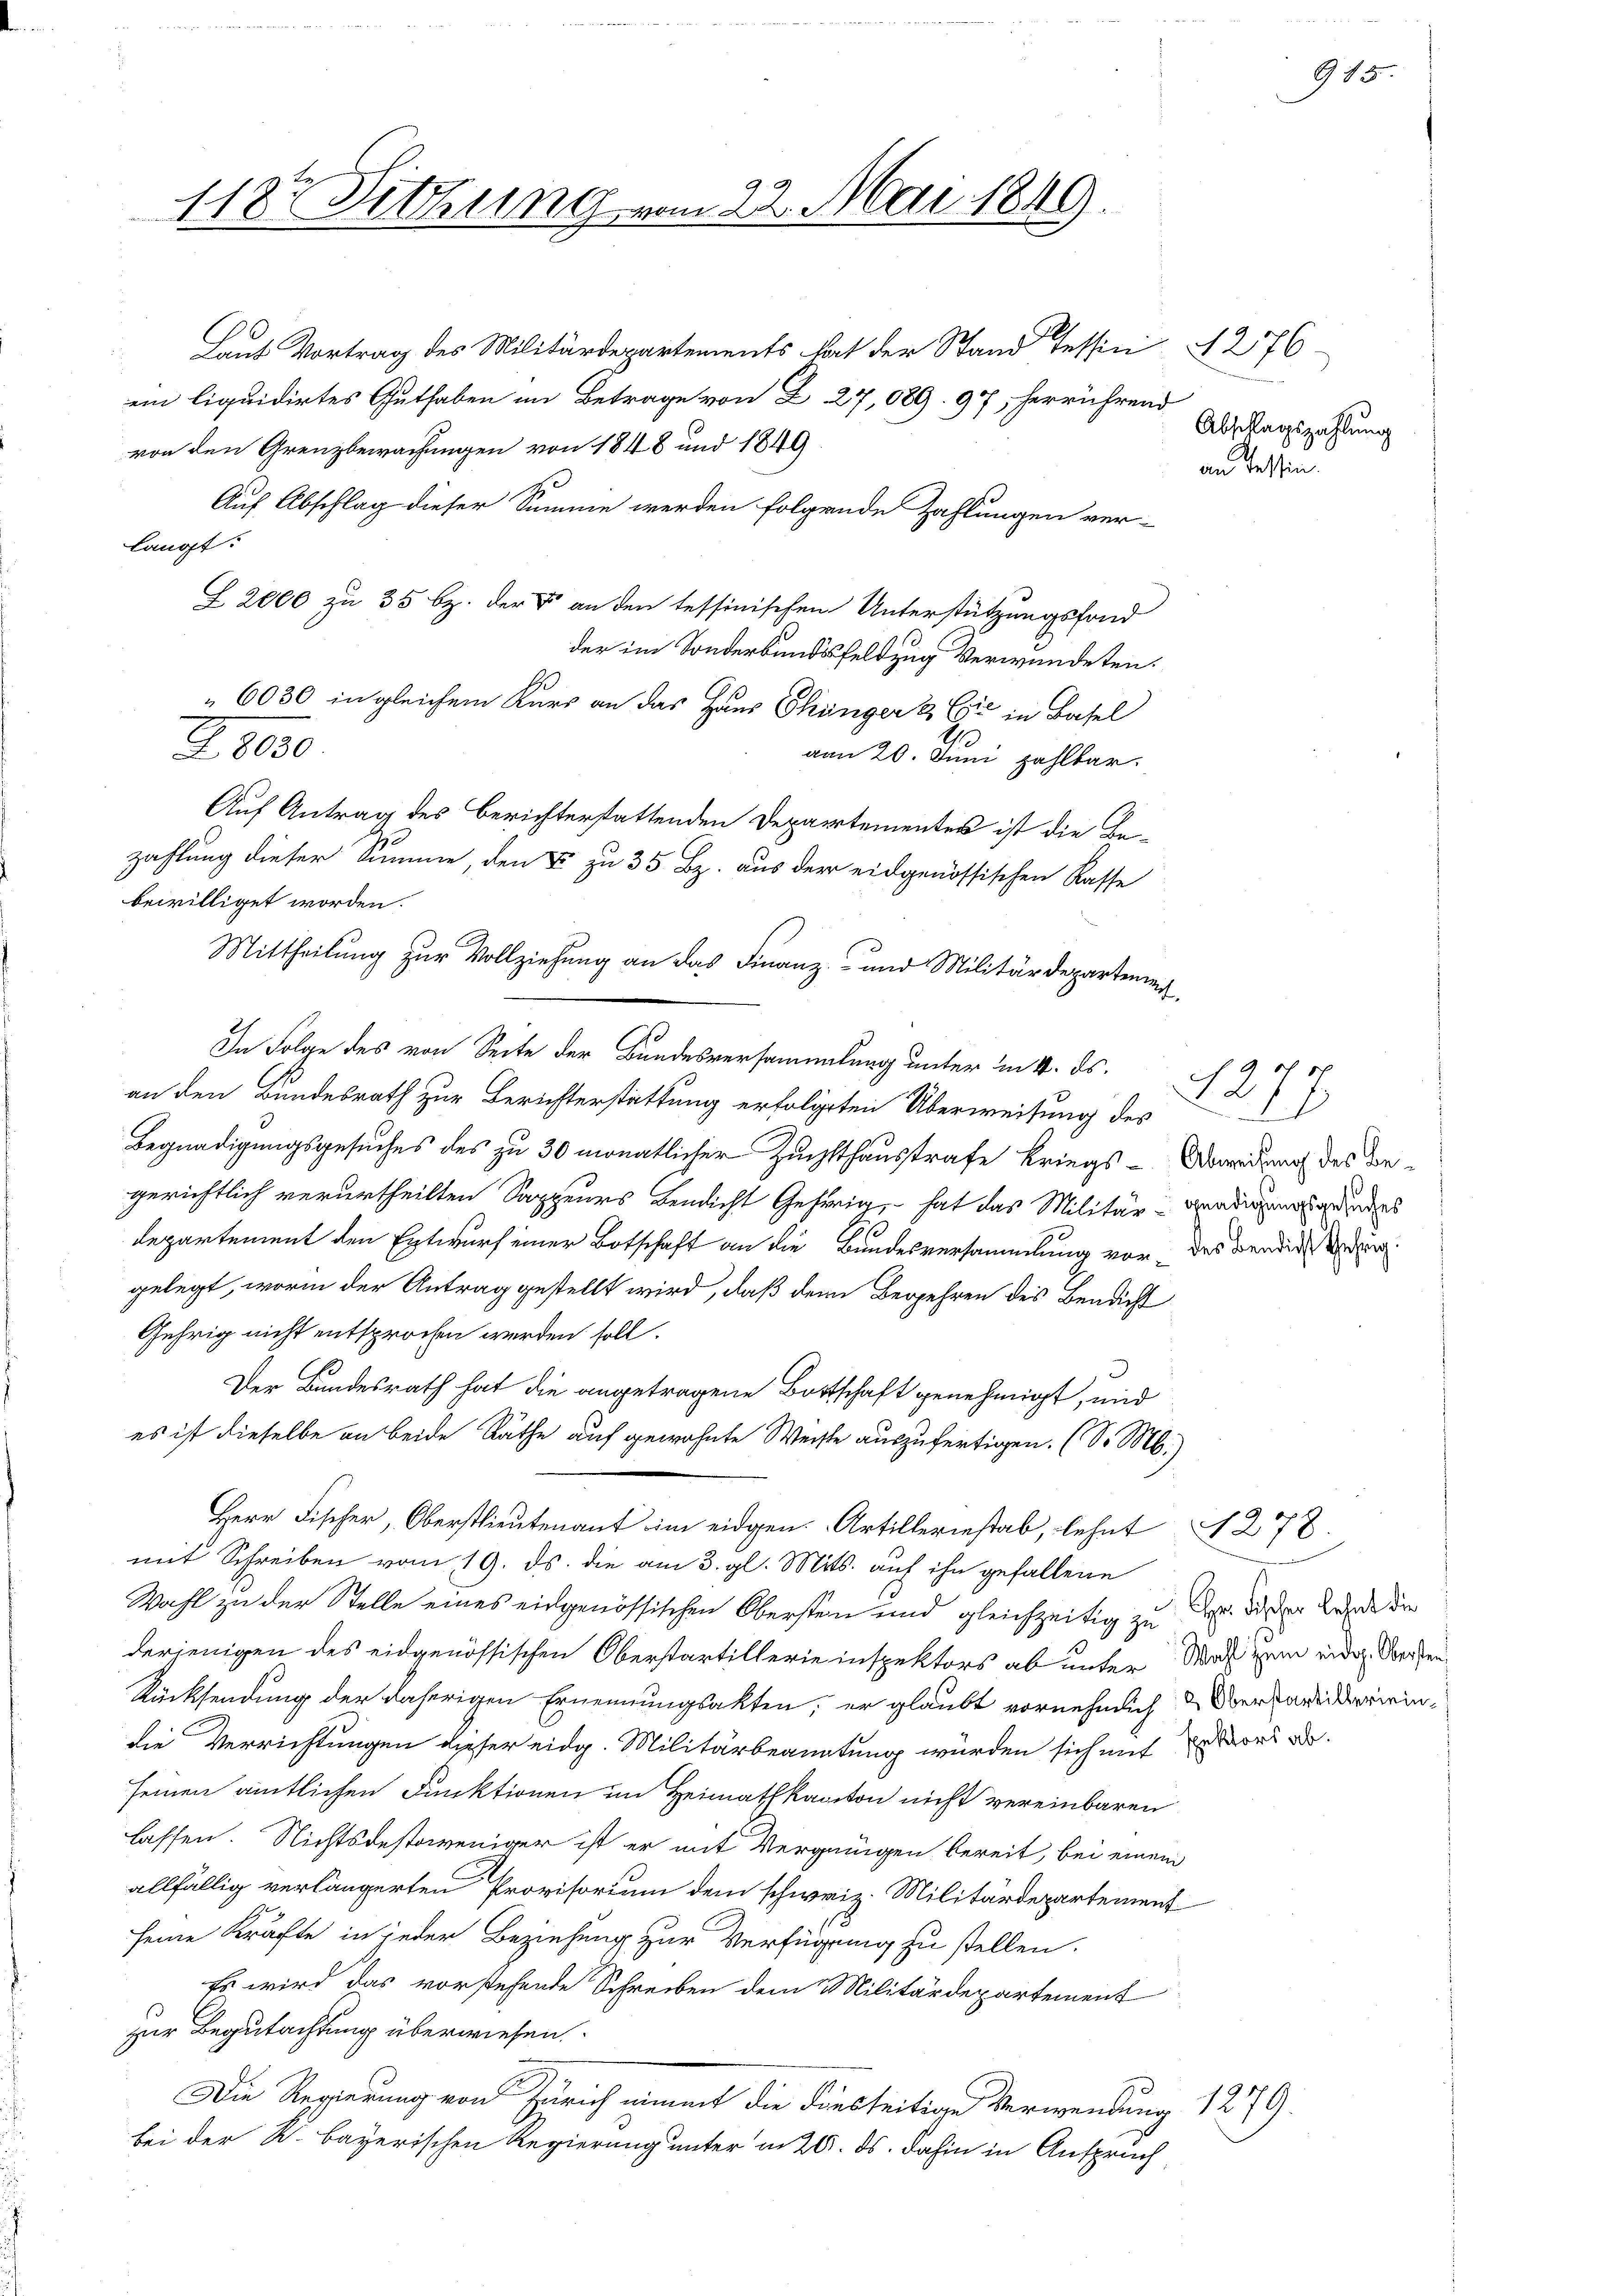
1182 Sitzung vom 22. Mai 1849

Laut Vortrag des Militärdepartements hat der Stand Tessini
ein liquidirtes Guthaben im Betrage von § 27,089. 97, herrührend
von den Grenzbewachungen von 1848 und 1849.
Auf Abschlag dieser Summe werden folgende Zahlungen ver-
langt:
Z 2000 zu 35 bz. der an den tessinischen Unterstützungsfond
der im Sonderbundesfeldzug verwundeten.
6030 in gleichem Kurs an das Haus Skünger & Cie in Basel
an 20. Juni zahlbar.
Auf Antrag des Berichterstattenden Departementes ist die Bebewilliget worden.
Mittheilung zur Vollziehung an das Finanz- und Militärdepartement,
In Folge des von Seite der Bundesversammlung unter in 4. ds.
an den Bundesrath zur Berichterstattung erfolgten Überweisung des
Begnadigungsgesuches des zu 30 monatlicher Zuchthaustrafe Kriegs-Ordung des Begerichtlich verurtheilten Sappeurs Bendicht Gehörig, hat das Militär-Gnädigung dies
departement den Entwurf einer Botschaft an die Bundesversammlung vor, das den der dur
gelegt, worin der Antrag gestellt wird, daß dem Begehren des Bendicht
Gehrig nicht entsprochen werden soll.
Der Bundesrath hat die angetragene Bottschaft genehmigt, und
es ist dieselbe an beide Räthe auf gewohnte Weise auszufertigen. (S. M.)
Herr Fischer, Oberstlieutenant im eidgen. Artilleriestab, lehnt 278.
mit Schreiben vom 19. ds. die am 3. gl. Mits. auf ihn gefallene
Wahl zu der Stelle eines eidgenössischen Obersten und gleichzeitig zu
derjenigen des eidgenössischen Oberstartillerie inspektors ab unter Maß zum eidg. Worten
Rücksendung der daherigen Ernennungsakten, er glaubt vornehmlich Verfandereindie Verrichtungen dieser eidg. Militärbeamtung würden sich mit Wort d
seinen amtlichen Funktionen im Heimathkanton nicht vereinbaren
lassen. Nichtsdestoweniger ist er mit Vergnügen bereit, bei einem
allfällig verlängerten Provisorium dem schweiz. Militärdepartement
seine Kräfte in jeder Beziehung zur Verfügung zu stellen.
Es wird das vorstehende Schreiben dem Militärdepartement
zur Begutachtung überwiesen.
Die Regierung von Zürich nimmt die diesseitige Verwendung 1279.
bei der K. bayerischen Regierung unter in 20. ds. dahin in Anspruch,

Z. 1820.

zahlung dieser Summe, den & zu 35. Bz. aus der eidgenössischen Kasse

1276
n
Abschlagszahlung
an Tessin.

915.

12
18

Hr. Fischer lehnt die